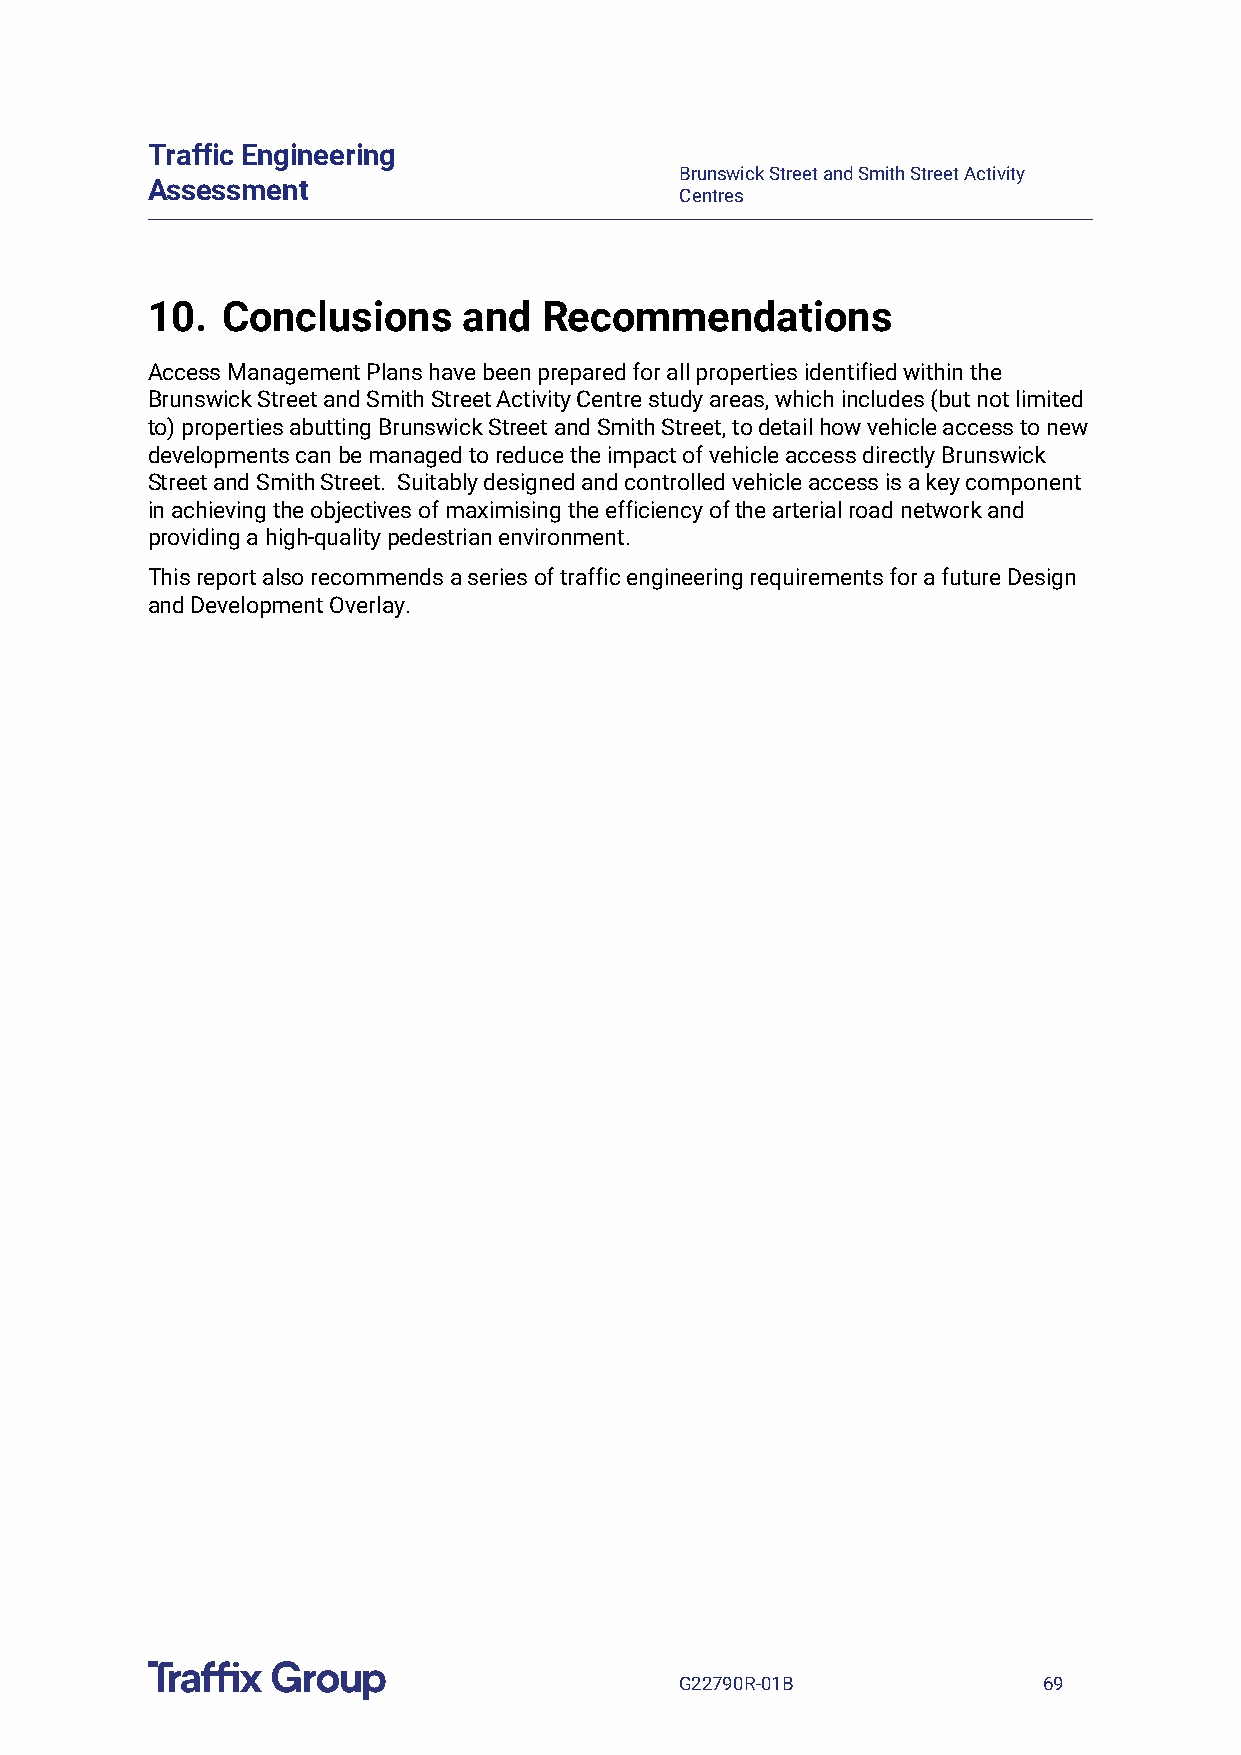
Traffic Engineering
 Brunswick Street and Smith Street Activity
 Assessment
 Centres
 10.  Conclusions     and  Recommendations
 Access Management Plans have been prepared for all properties identified within the
 Brunswick Street and Smith Street Activity Centre study areas, which includes (but not limited
 to) properties abutting Brunswick Street and Smith Street, to detail how vehicle access to new
 developments can be managed to reduce the impact of vehicle access directly Brunswick
 Street and Smith Street. Suitably designed and controlled vehicle access is a key component
 in achieving the objectives of maximising the efficiency of the arterial road network and
 providing a high-quality pedestrian environment.
 This report also recommends a series of traffic engineering requirements for a future Design
 and Development Overlay.
 G22790R-01B             69